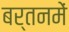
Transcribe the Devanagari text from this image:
बर्तनमें